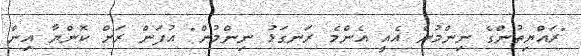
"ރައްޔިތުންގެ ނިންމުން އެއީ އެންމެ ރަނގަޅު ނިންމުން" އުފަން ރަށް ކޮންޔާ އިން